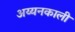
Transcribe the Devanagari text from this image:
अय्यनकाली